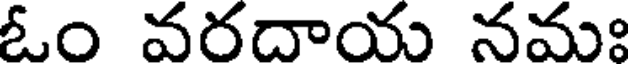
ఓం వరదాయ నమః